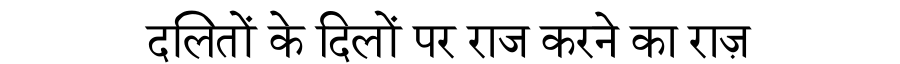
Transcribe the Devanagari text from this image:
दलितों के दिलों पर राज करने का राज़